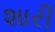
શારી